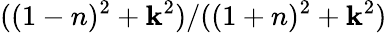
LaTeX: ((1-n)^{2}+\mathbf{k}^{2})/((1+n)^{2}+\mathbf{k}^{2})